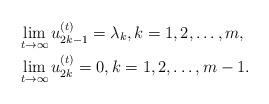
LaTeX: \begin{align*}&\lim_{t\rightarrow\infty}u_{2k-1}^{(t)}=\lambda_k,k=1,2,\dots,m,\\&\lim_{t\rightarrow\infty}u_{2k}^{(t)}=0,k=1,2,\dots,m-1.\end{align*}